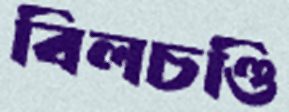
বিলচণ্ডি